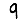
Digit: 9